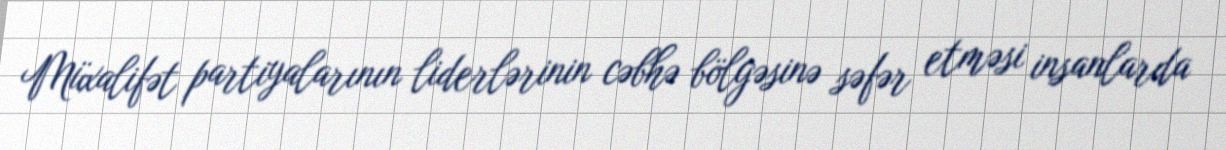
Müxalifət partiyalarının liderlərinin cəbhə bölgəsinə səfər etməsi insanlarda